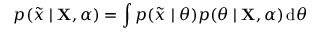
p ( { \tilde { x } } \mid \mathbf { X } , \alpha ) = \int p ( { \tilde { x } } \mid \theta ) p ( \theta \mid \mathbf { X } , \alpha ) \operatorname { d } \! \theta